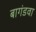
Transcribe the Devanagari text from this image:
बागंडवा